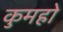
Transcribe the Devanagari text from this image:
कुमहो